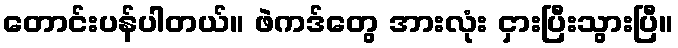
တောင်းပန်ပါတယ်။ ဖဲကဒ်တွေ အားလုံး ငှားပြီးသွားပြီ။